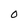
Character: O